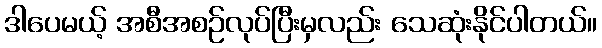
ဒါပေမယ့် အစီအစဉ်လုပ်ပြီးမှလည်း သေဆုံးနိုင်ပါတယ်။